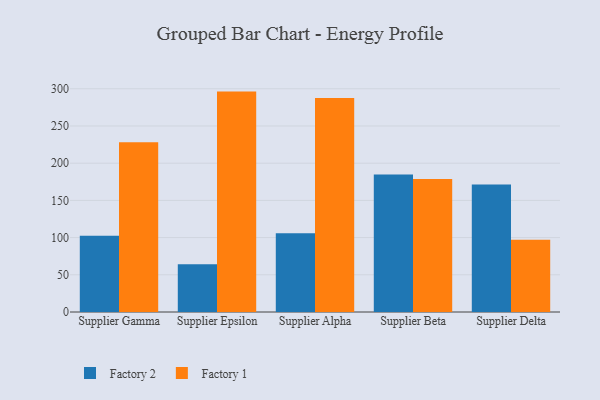
{"axis": {"x": "Supplier", "y": "Satisfaction Score"}, "legend": ["Factory 1", "Factory 2"], "data": [{"x": "Supplier Gamma", "y": 102.4, "type": "Factory 2"}, {"x": "Supplier Gamma", "y": 228.2, "type": "Factory 1"}, {"x": "Supplier Epsilon", "y": 64.3, "type": "Factory 2"}, {"x": "Supplier Epsilon", "y": 296.2, "type": "Factory 1"}, {"x": "Supplier Alpha", "y": 106.0, "type": "Factory 2"}, {"x": "Supplier Alpha", "y": 287.6, "type": "Factory 1"}, {"x": "Supplier Beta", "y": 184.7, "type": "Factory 2"}, {"x": "Supplier Beta", "y": 178.6, "type": "Factory 1"}, {"x": "Supplier Delta", "y": 171.4, "type": "Factory 2"}, {"x": "Supplier Delta", "y": 97.1, "type": "Factory 1"}]}